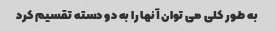
به طور کلی می توان آنها را به دو دسته تقسیم کرد